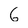
Character: 6